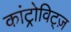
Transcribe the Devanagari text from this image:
कांट्रोविट्ज़